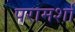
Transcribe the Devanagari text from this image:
परामर्शा